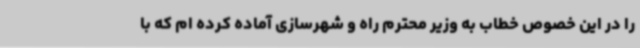
را در این خصوص خطاب به وزیر محترم راه و شهرسازی آماده کرده ام که با